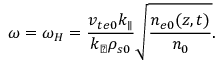
\omega = \omega _ { H } = \frac { v _ { t e 0 } k _ { \parallel } } { k _ { \perp } \rho _ { s 0 } } \sqrt { \frac { n _ { e 0 } ( z , t ) } { n _ { 0 } } } .